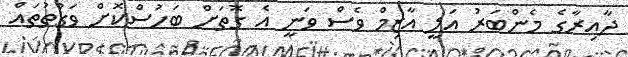
ދާއިރާގެ މެންބަރު އަލީ އާޒިމް ވެސް ވަނީ އެ ގޮތަށް ބަހުސްކޮށް ވަގުތުތައް